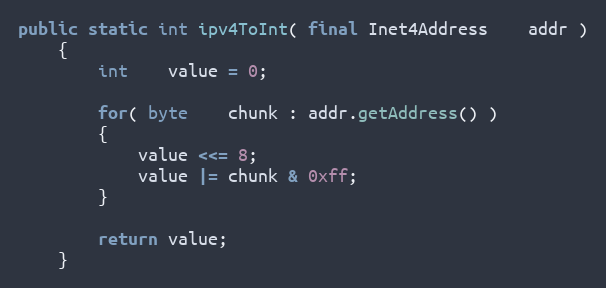
Language: Java
public static int ipv4ToInt( final Inet4Address    addr )
    {
        int    value = 0;

        for( byte    chunk : addr.getAddress() )
        {
            value <<= 8;
            value |= chunk & 0xff;
        }

        return value;
    }